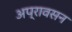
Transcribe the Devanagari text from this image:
अप्रावसन